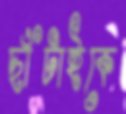
ছাঁটাইকে